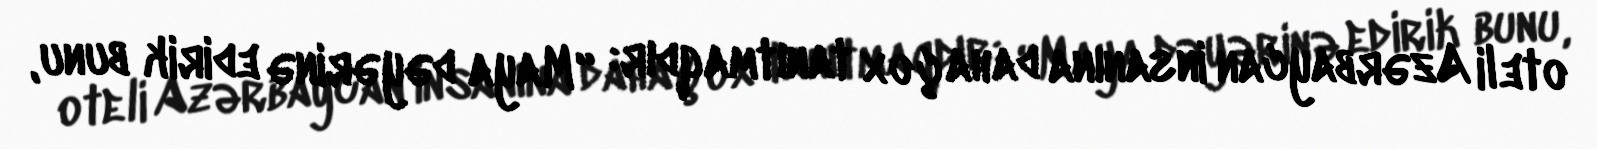
oteli Azərbaycan insanına daha çox tanıtmaqdır: “Maya dəyərinə edirik bunu,